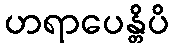
ဟရာပေန္တိပိ